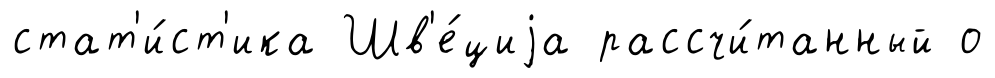
стат'и́ст'ика Шв'е́циjа рассчи́танный о